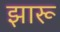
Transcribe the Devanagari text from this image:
झारू